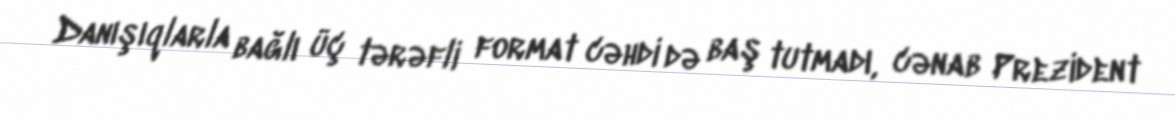
Danışıqlarla bağlı üç tərəfli format cəhdi də baş tutmadı, cənab Prezident